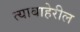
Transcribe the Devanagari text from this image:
त्याबाहेरील